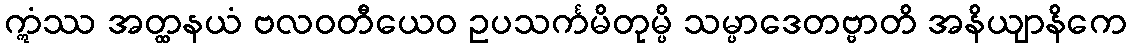
ဣံဿ အတ္ထနယံ ဗလဝတီယေဝ ဥပသင်္ကမိတုမ္ပိ သမ္ပာဒေတဗ္ဗာတိ အနိယျာနိကေ